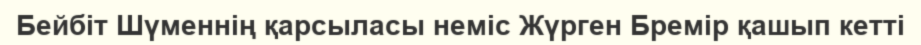
Бейбіт Шүменнің қарсыласы неміс Жүрген Бремір қашып кетті